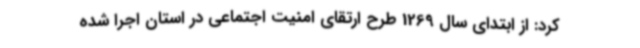
کرد: از ابتدای سال 1269 طرح ارتقای امنیت اجتماعی در استان اجرا شده